Vabadussoja_Ajaloo_Komitee, lk 3
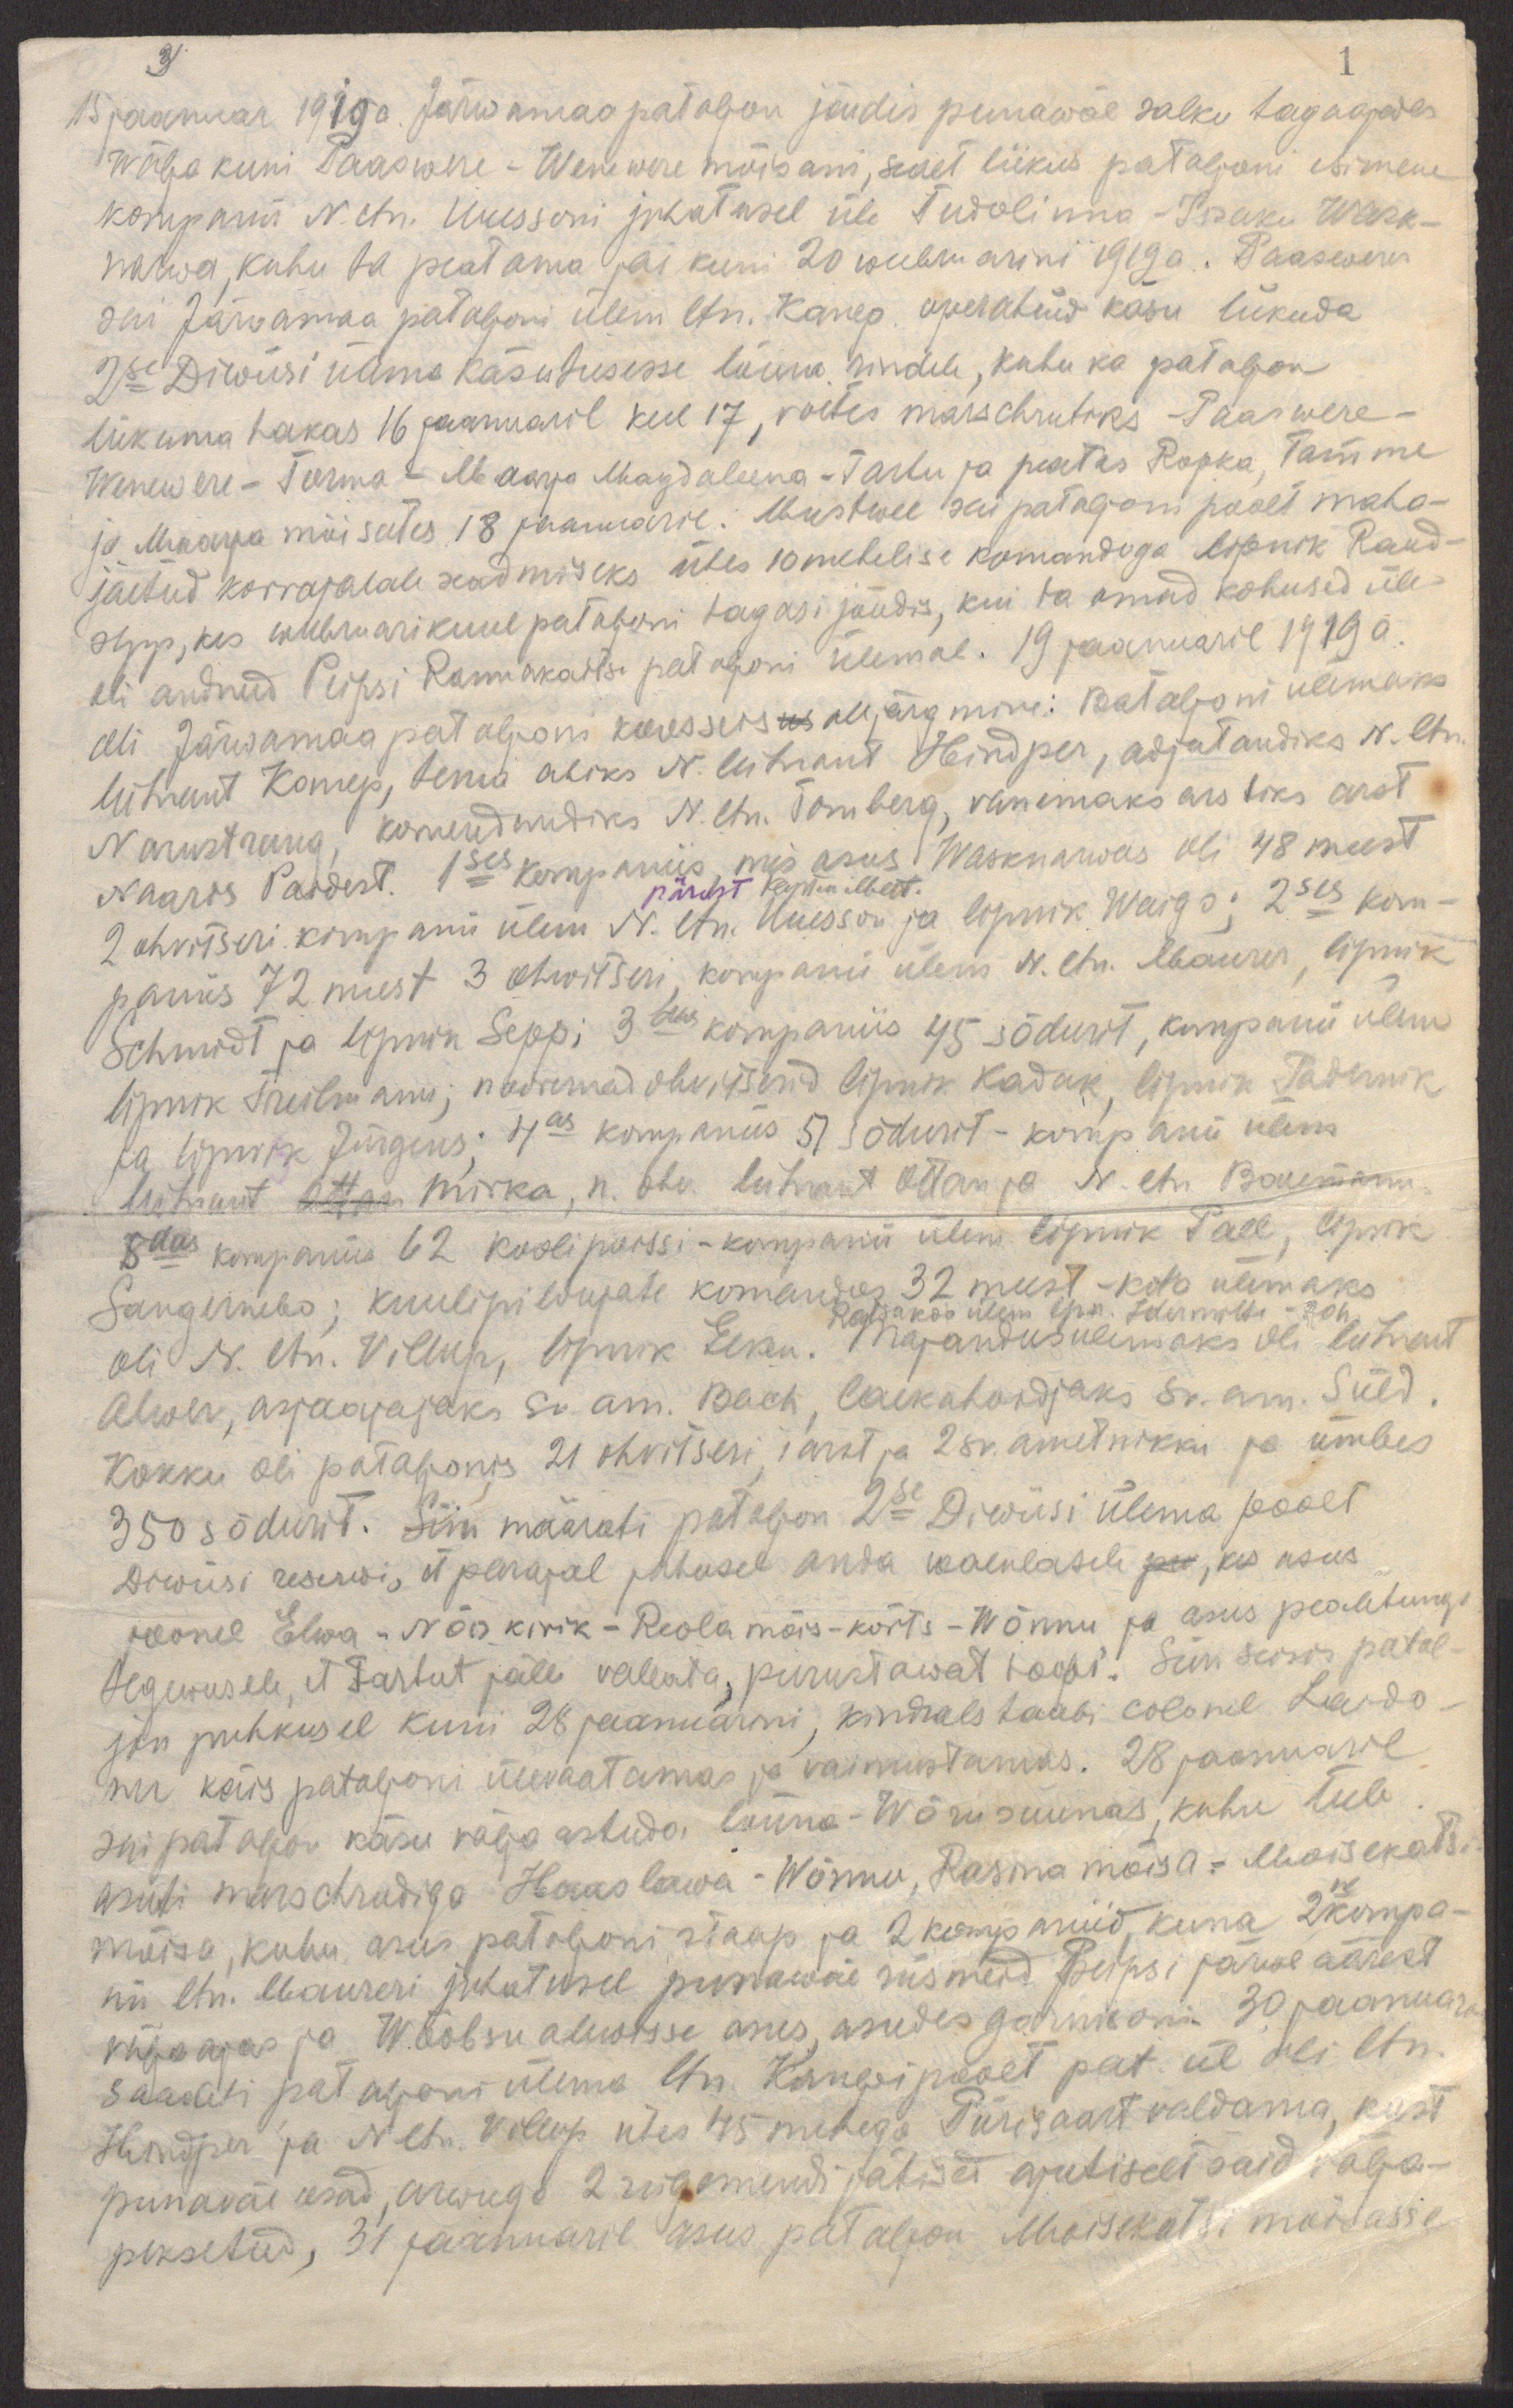
3
1
15 jaanuar 1919a. Järwamaa pataljon jõudis punawäe salku tagaajades
wälja kuni Paaswere-Wenewere mõisani, sealt liikus pataljoni esimene
kompanii N. ltn. Uuessoni juhatusel üle Tudolinna - Iisaku Wask-
narwa, kuhu ta peatama jäi kuni 20 weebruarini 1919 a. Paasweres
sai Järvamaa pataljoni ülem ltn. Kanep. operatiiw käsu liikuda
2se Diwiisi ülema käsutusesse lõuna rindele, kuhu ka pataljon
liikuma hakas 16 jaanuaril kell 17, voetes marschrutiks - Paaswere -
Wenevere - Torma - Maarja Magdaleena - Tartu ja peatus Ropka, Tamme
ja Maarja mõisates 18 jaanuaril. Mustwee sai pataljoni poolt maha-
jäetud korrajalale seadmiseks ühes 10 mehelise komandoga lipnik Raud-
sepp, kes weebruarikuul pataljoni tagasi jõudis, kui ta omad kohused üle
oli andnud Peipsi Rannakaitse pataljoni ülemal. 19 jaanuaril 1919 a.
oli Järvamaa pataljoni koosseisus alljärgmine: Bataljoni ülemaks
leitnant Kanep, tema abiks N. leitnant Heindper, adjutandiks N. ltn.
Narustrang, komendandiks N. ltn. Tomberg, vanemaks arstiks arst
Naaris Paidest. 1ses kompaniis, mis asus Wasknarwas oli 48 meest
pärast kapten Meit.
2 ohvitseri kompanii ülem N. ltn. Uuesson ja lipnik Waigo; 2ses kom-
paniis 72 meest 3 ohwitseri, kompanii ülem N. ltn. Maurer, lipnik
Schmidt ja lipnik Sepp; 3das kompaniis 45 sõdurit, kompanii ülem
lipnik Treilmann, nooremad ohvitserid lipnik Kadak, lipnik Padernik
ja lipnik Jürgens; 4as kompaniis 51 sõdurit - kompanii ülem
leitnant Ottan, Mirka, n.ohv. leitnant Ottan N. ltn. Baumann.
5das kompaniis 62 koolipoissi - kompanii ülem lipnik Pall, lipnik
Sangernebo; kuulipildujate komandos 32 meest - kdo ülemaks
Ratsakdo ülem lpn. Indermitte Joh
oli N. ltn. Villup, lipnik Elken. Majandusülemaks oli leitnant
Alwer, asjaajajaks sr.am. Bach, laekahoidjaks sr. am. Süld.
Kokku oli pataljonis 21 ohvitseri, 1 arst ja 2 sr. ametnikku ja umbes
350 sõdurit. Siin määrati pataljon 2se Diwiisi ülema poolt
Diwiisi reserwi, et parajal juhusel anda waenlasele pu, kes asus
joonel Elwa - Nõo kirik - Reola mõis - kõrts - Wõnnu ja asus pealetungi
tegewusele, et Tartut jälle valluta, purustawat hoopi. Siin seisis patal-
jon puhkusel kuni 28 jaanuarini, kindralstaabi colonel Laido-
ner käis pataljoni ülevaatamas ja vaimustamas. 28 jaanuaril
sai pataljon käsu välja astuda lõuna - Wõru suunas, kuhu teele
asuti marschrudiga Haaslawa - Wõnnu, Rasma mõisa - Moisekatsi-
ne
mõisa, kuhu asus patoljoni staap ja 2 kompaniid, kuna 2kompa-
nii ltn. Maureri juhatusel punawäe riismeid Peipsi järwe äärest
välja ajas ja Wõõbsu alewisse asus, asudes garnisoni. 30 jaanuari
saadeti pataljoni ülema ltn. Kanepi poolt pat. ül oli ltn.
Hindper ja N ltn. Villup ühes 45 mehega Piirisaart valdama, kust
punaväe osad, arwuga 2 rügemendi jätised ajutiselt said välja-
peksetud, 31 jaanuaril asus pataljon Moisekatsi mõisasse